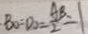
B O = D O = \frac { A B } { 2 } = 1